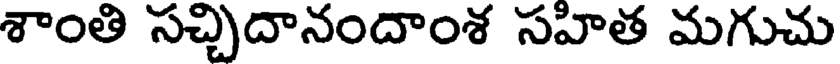
శాంతి సచ్చిదానందాంశ సహిత మగుచు